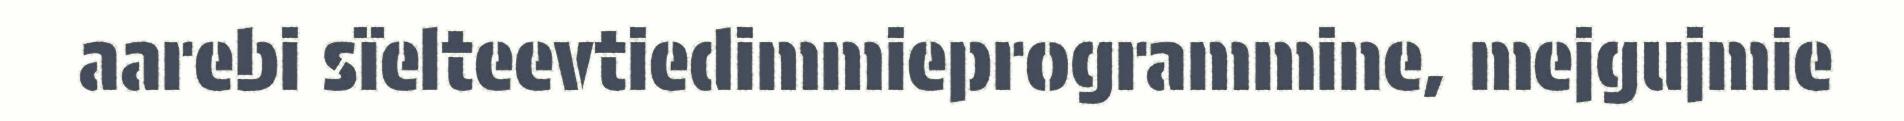
aarebi sïelteevtiedimmieprogrammine, mejgujmie